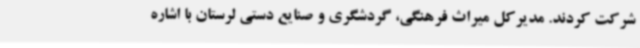
شرکت کردند. مدیرکل میراث فرهنگی، گردشگری و صنایع دستی لرستان با اشاره